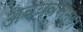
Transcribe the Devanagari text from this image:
अवयवसमूह।